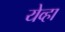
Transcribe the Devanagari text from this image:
येव्हा